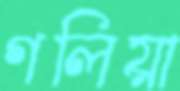
গলিয়া